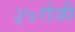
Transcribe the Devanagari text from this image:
३७रोजी